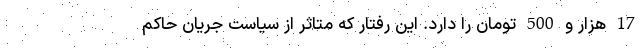
17 هزار و 500 تومان را دارد. این رفتار که متاثر از سیاست جریان حاکم